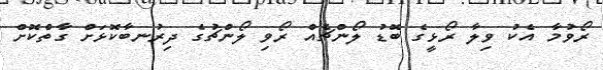
ރޯވުމާ އެކު ވިލާ ރޯޅީގެ ބޮޑު ލޯންޗެއް ރޯވި ލޯންޗުގެ ދިރުނބާކޮޅަށް ގާތްކޮށް